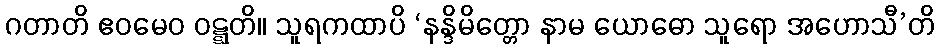
ဂတာတိ ဧဝမေဝ ဝဋ္ဋတိ။ သူရကထာပိ ‘နန္ဒိမိတ္တော နာမ ယောဓော သူရော အဟောသီ’တိ